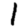
Digit: 1